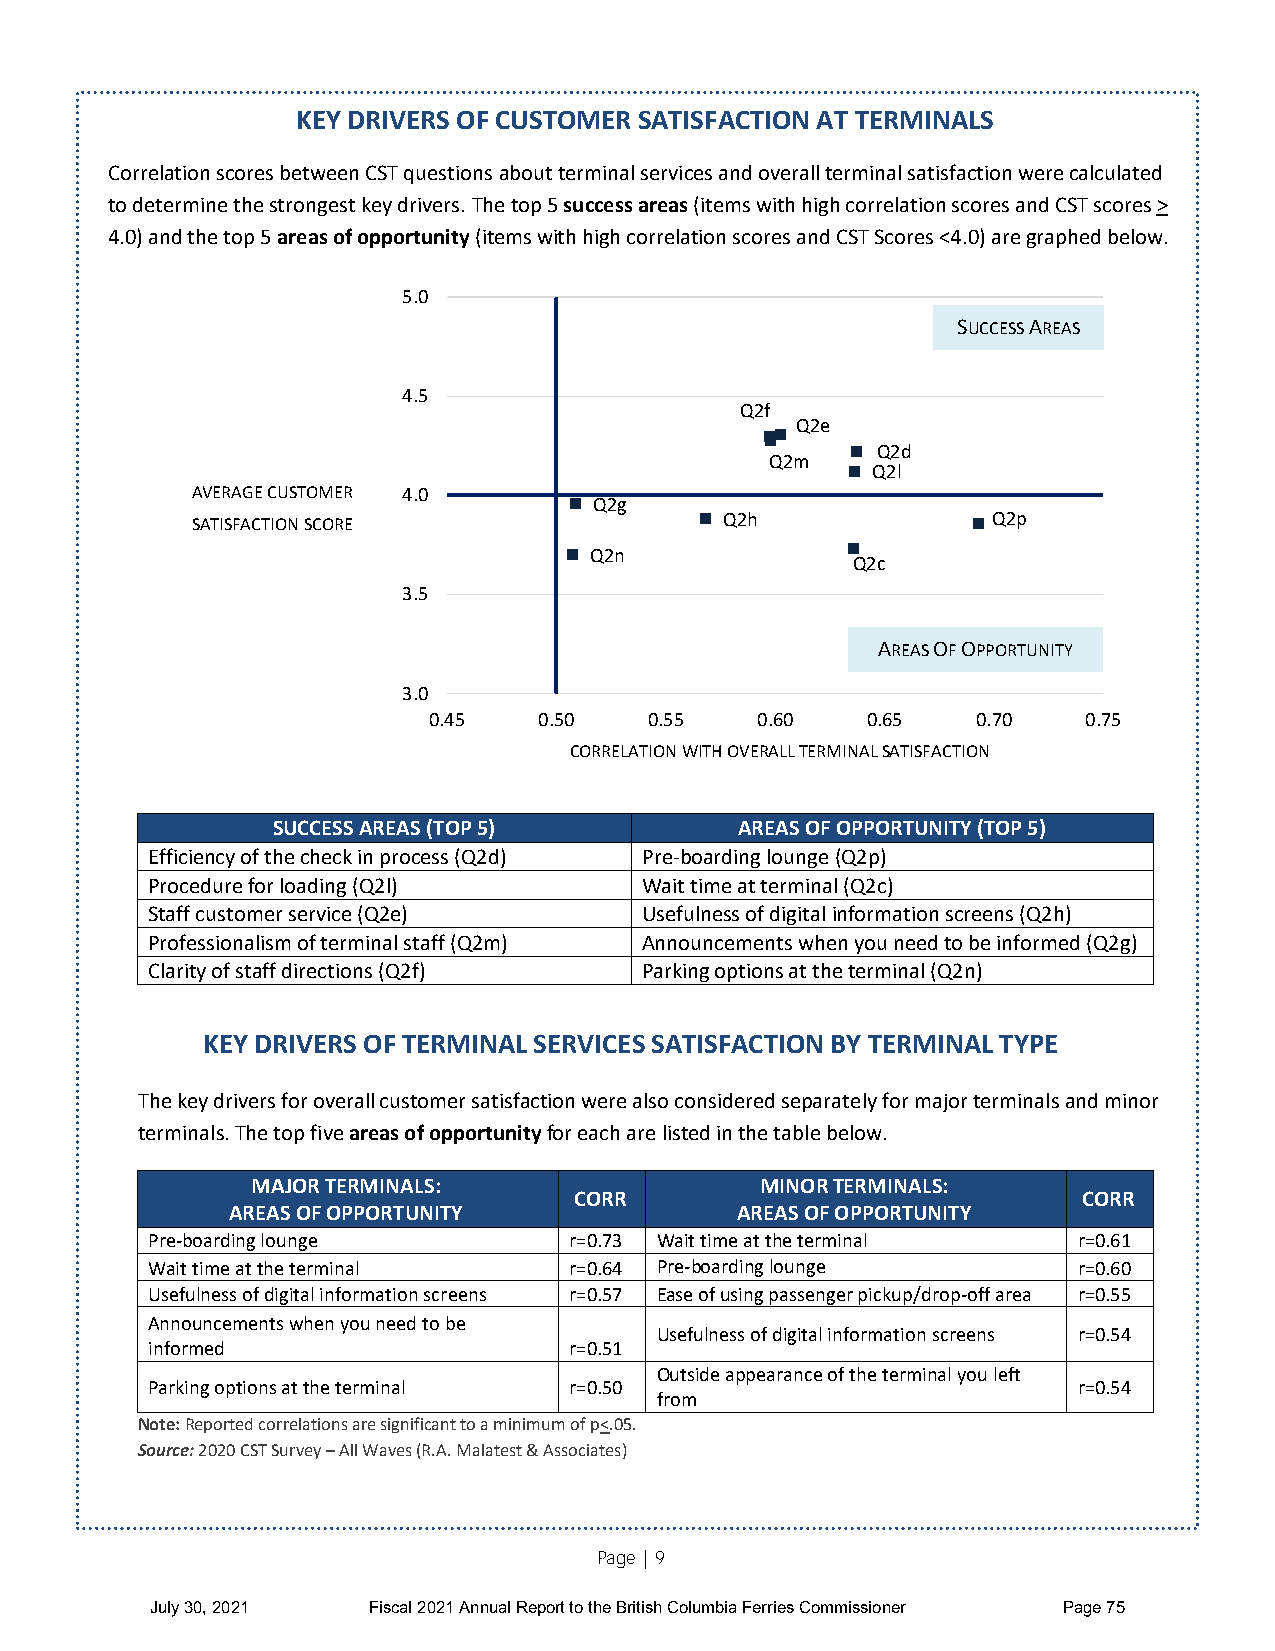
KEY DRIVERS OF CUSTOMER SATISFACTION AT TERMINALS
 Correlation scores between CST questions about terminal services and overall terminal satisfaction were calculated
 to determine the strongest key drivers. The top 5 success areas (items with high correlation scores and CST scores >
 4.0) and the top 5 areas of opportunity (items with high correlation scores and CST Scores <4.0) are graphed below.
 5.0
 SUCCESS AREAS
 4.5
 Q2f
 Q2e
 Q2d
 Q2m
 Q2l
 AVERAGE CUSTOMER 4.0
 Q2g
 SATISFACTION SCORE                 Q2h               Q2p
 Q2n
 Q2c
 3.5
 AREAS OF OPPORTUNITY
 3.0
 0.45    0.50   0.55   0.60   0.65    0.70   0.75
 CORRELATION WITH OVERALL TERMINAL SATISFACTION
 SUCCESS AREAS (TOP 5)          AREAS OF OPPORTUNITY (TOP 5)
 Efficiency of the check in process (Q2d) Pre-boarding lounge (Q2p)
 Procedure for loading (Q2l)      Wait time at terminal (Q2c)
 Staff customer service (Q2e)     Usefulness of digital information screens (Q2h)
 Professionalism of terminal staff (Q2m) Announcements when you need to be informed (Q2g)
 Clarity of staff directions (Q2f) Parking options at the terminal (Q2n)
 KEY DRIVERS OF TERMINAL SERVICES SATISFACTION BY TERMINAL TYPE
 The key drivers for overall customer satisfaction were also considered separately for major terminals and minor
 terminals. The top five areas of opportunity for each are listed in the table below.
 MAJOR TERMINALS:                 MINOR TERMINALS:
 CORR                              CORR
 AREAS OF OPPORTUNITY              AREAS OF OPPORTUNITY
 Pre-boarding lounge         r=0.73 Wait time at the terminal r=0.61
 Wait time at the terminal   r=0.64 Pre-boarding lounge       r=0.60
 Usefulness of digital information screens r=0.57 Ease of using passenger pickup/drop-off area r=0.55
 Announcements when you need to be
 Usefulness of digital information screens r=0.54
 informed                    r=0.51
 Outside appearance of the terminal you left
 Parking options at the terminal r=0.50                       r=0.54
 from
 Note: Reported correlations are significant to a minimum of p<.05.
 Source: 2020 CST Survey – All Waves (R.A. Malatest & Associates)
 Page | 9
 July 30, 2021 Fiscal 2021 Annual Report to the British Columbia Ferries Commissioner Page 75